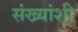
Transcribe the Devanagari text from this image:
संख्यांशी